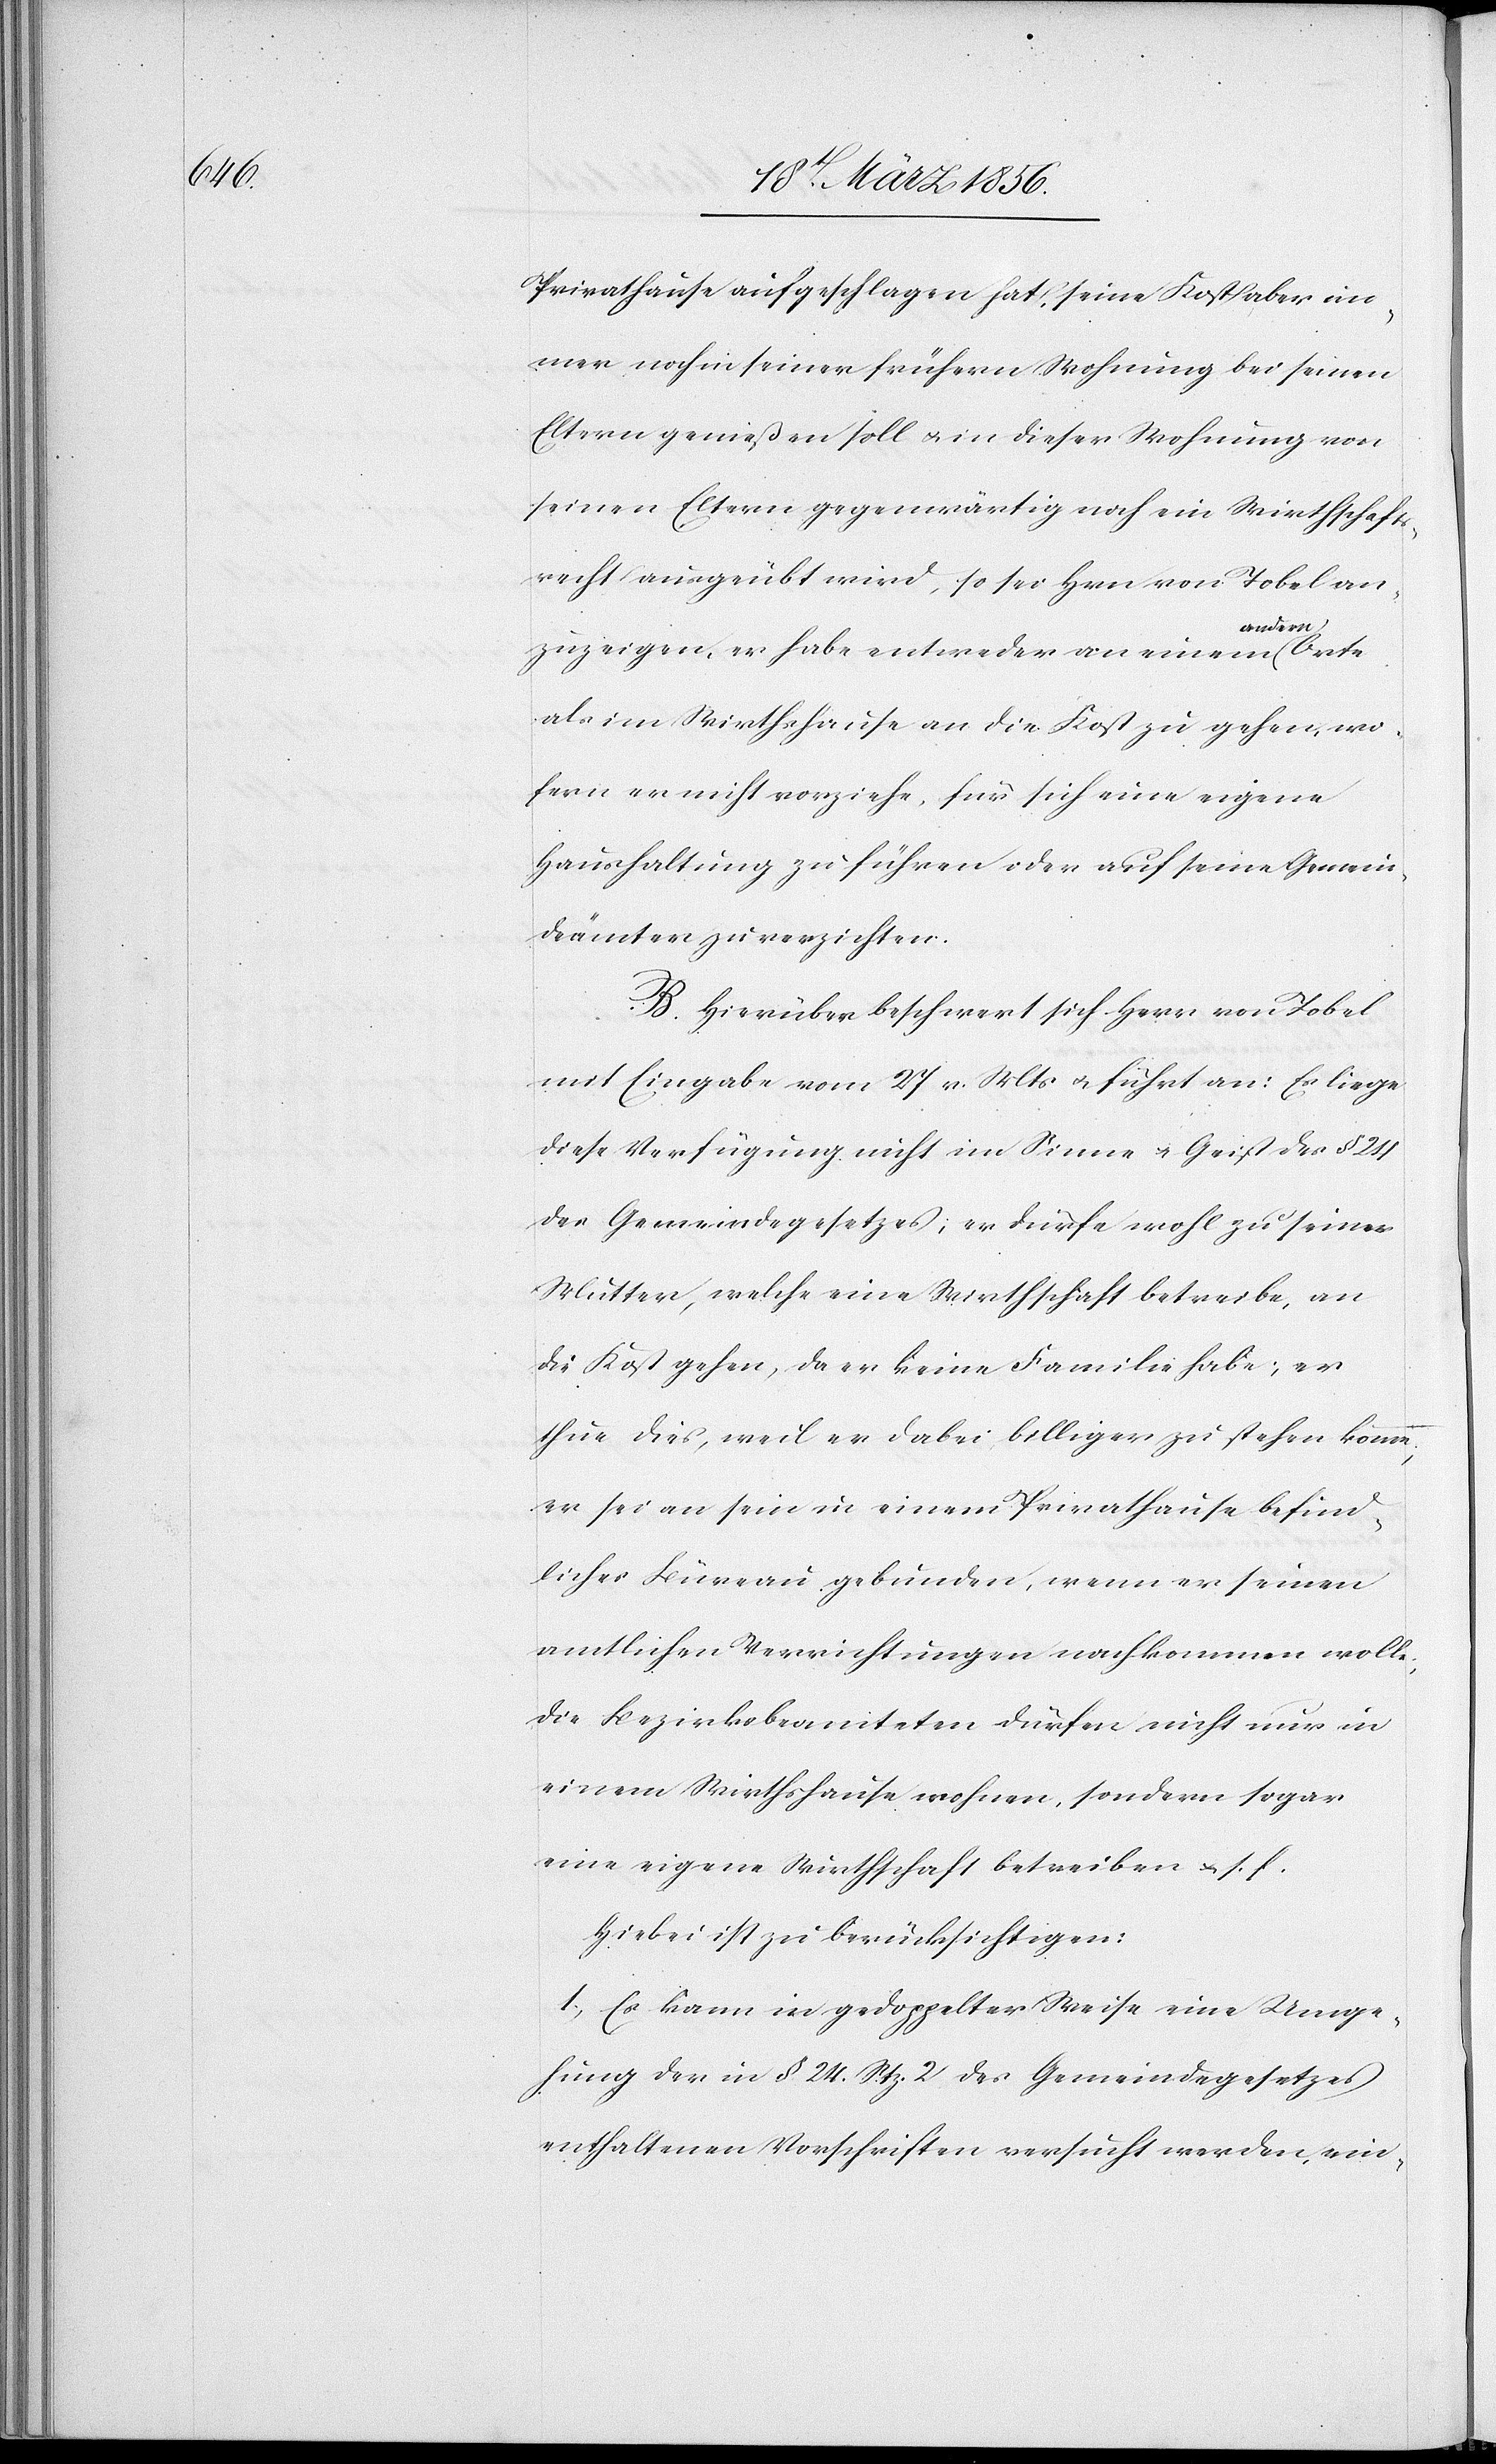
Orte

Privathause aufgeschlagen hat, seine Kost aber im¬
mer noch in seiner frühern Wohnung bei seinen
Eltern genießen soll u. in dieser Wohnung von
seinen Eltern gegenwärtig noch ein Wirthschafts¬
recht ausgeübt wird, so sei Hrn von Tobel an¬
zuzeigen, er habe entweder an einem a-ande¬
als im Wirthshause an die Kost zu gehen, wo¬
fern er nicht vorziehe, für sich eine eigene
Haushaltung zu führen oder auf seine Gemein¬
deämter zu verzichten.
B. Hierüber beschwert sich Herr von Tobel
mit Eingabe vom 27 v. Mts u. führt an: Es liege
diese Verfügung nicht im Sinne u. Geist des § 24
des Gemeindegesetzes; er dürfe wohl zu seiner
Mutter, welche eine Wirthschaft betreibe, an
die Kost gehen, da er keine Familie habe; er
thue dies, weil er dabei billiger zu stehen komme,
er sei an sein in einem Privathause befind¬
liches Büreau gebunden, wenn er seinen
amtlichen Verrichtungen nachkommen wolle,
die Bezirksbeamteten dürfen nicht nur in
einem Wirthshause wohnen, sondern sogar
eine eigene Wirthschaft betreiben u. s. f.
Hiebei ist zu berücksichtigen:
1., Es kann in gedoppelter Weise eine Umge¬
hung der in § 24. Stz. 2 des Gemeindegesetzes
enthaltenen Vorschriften versucht worden, ein-